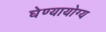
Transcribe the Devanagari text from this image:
घेण्यायोग्य